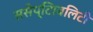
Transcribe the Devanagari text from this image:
ससेप्टिाबलिटी